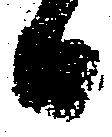
日